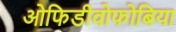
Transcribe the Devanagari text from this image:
ओफिडीवोफोबिया